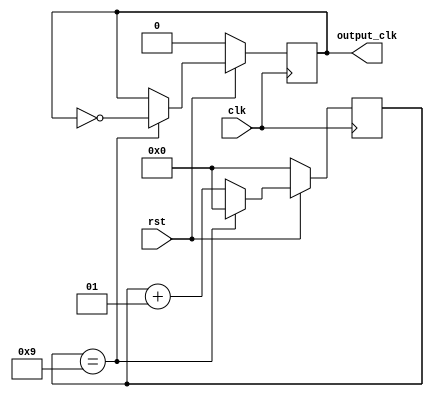
module ten_clk(rst, clk, output_clk);
	input rst, clk;
	output output_clk;
	
	reg output_clk;
	integer cnt;
	
	always @(posedge clk) begin
		if (~rst) begin
			cnt = 0;
			output_clk = 0;
		end
		else begin
			if (cnt == 9) begin
				output_clk = ~output_clk;
				cnt = 0;
			end
			else begin
				cnt = cnt + 1;
			end
		end
	end
endmodule